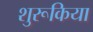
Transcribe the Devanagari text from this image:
शुरूकिया